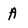
Character: A